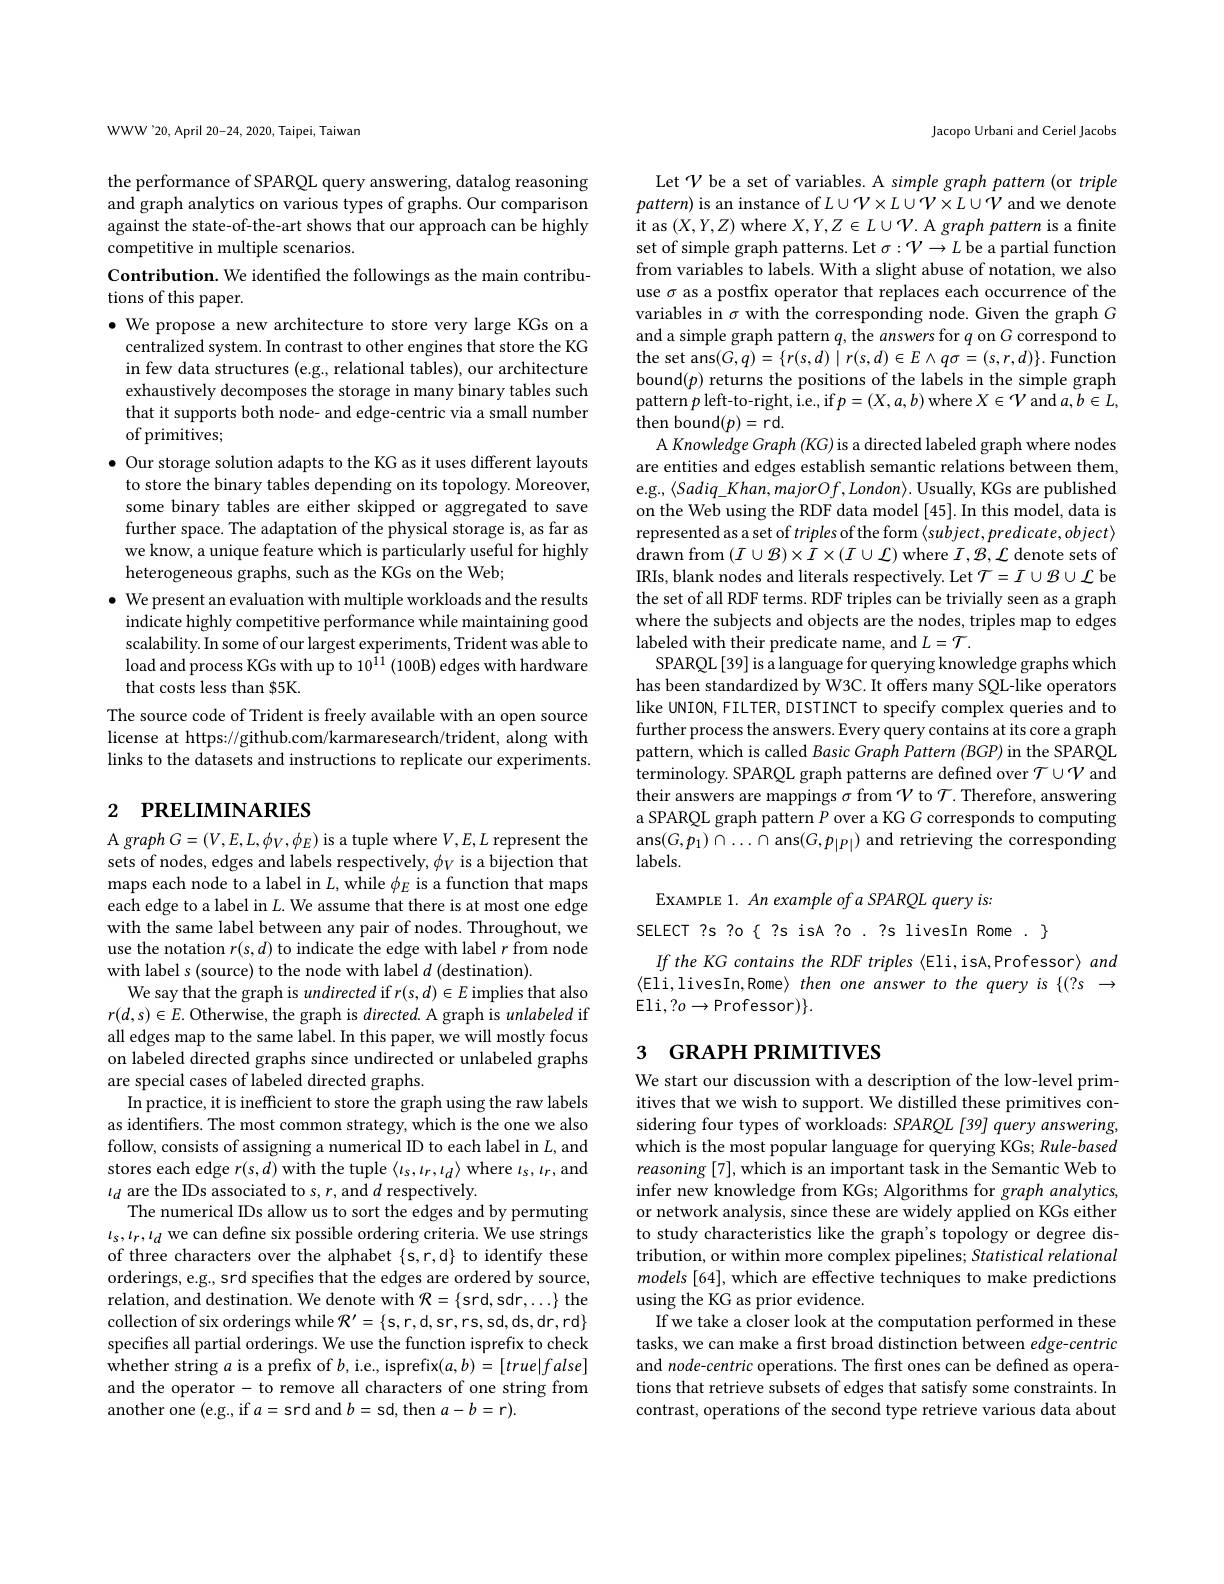
WWW'20, April 20-24, 2020, Taipei, Taiwan

the performance of SPARQL query answering, datalog reasoning and graph analytics on various types of graphs. Our comparison against the state-of-the-art shows that our approach can be highly competitive in multiple scenarios.

Contribution. We identified the followings as the main contribu-
tions of this paper.

$\bullet$ We propose a new architecture to store very large KGs on a
centralized system. In contrast to other engines that store the KG in few data structures (e.g., relational tables), our architecture exhaustively decomposes the storage in many binary tables such that it supports both node- and edge-centric via a small number of primitives;
$\bullet$ Our storage solution adapts to the KG as it uses different layouts
to store the binary tables depending on its topology. Moreover, some binary tables are either skipped or aggregated to save further space. The adaptation of the physical storage is, as far as we know, a unique feature which is particularly useful for highly heterogeneous graphs, such as the KGs on the Web;
$\bullet$ We present an evaluation with multiple workloads and the results
indicate highly competitive performance while maintaining good scalability. In some of our largest experiments, Trident was able to load and process KGs with up to 10$^{11}$ (100B) edges with hardware that costs less than $5K.
The source code of Trident is freely available with an open source license at https://github.com/karmaresearch/trident, along with links to the datasets and instructions to replicate our experiments.

# 2 РRELIMINARIES

A graph $G=(V,E,L,\phi_{V},\phi_{E})$ is a tuple where $V,E,L$ represent the sets of nodes, edges and labels respectively, $\phi_V$ is a bijection that maps each node to a label in $L$,while $\phi_E$ is a function that maps each edge to a label in $L.$ We assume that there is at most one edge with the same label between any pair of nodes. Throughout, we use the notation $r(s,d)$ to indicate the edge with label $r$ from node with label s (source) to the node with label $d$ (destination).
We say that the graph is undirected if $r(s,d)\in E$ implies that also $r(d,s)\in E.$ Otherwise, the graph is $directed.$ A graph is unlabeled if all edges map to the same label. In this paper, we will mostly focus on labeled directed graphs since undirected or unlabeled graphs are special cases of labeled directed graphs.
In practice, it is inefficient to store the graph using the raw labels as identiffers. The most common strategy, which is the one we also follow, consists of assigning a numerical ID to each label in $L$, and stores each edge $r(s,d)$ with the tuple $\langle\iota_s,\iota_r,\iota_d\rangle$ where $\iota_s,\iota_r$,and $\iota_{d}$ are the IDs associated to s, r, and $d$ respectively.
The numerical IDs allow us to sort the edges and by permuting $\iota_{s},\iota_{r},\iota_{d}$ we can define six possible ordering criteria. We use strings of three characters over the alphabet $\{$s, r, d$\}$ to identify these orderings, e.g., srd specifies that the edges are ordered by source, relation, and destination. We denote with $\mathcal{R}=\{$srd,sdr,...$\}$ the collection of six orderings while $\mathcal{R}^\prime=\{$s,r,d,sr,rs,sd,ds,dr,rd$\}$ specifies all partial orderings. We use the function isprefix to check whether string $a$ is a prefix of $b$, i.e., isprefix$(a,b)=[true|false]$ and the operator- to remove all characters of one string from another one (e.g., if $a=$srd and $b=$sd, then $a-b=$r).

Jacopo Urbani and Ceriel Jacobs

Let $\mathcal{V}$ be a set of variables. A simple graph pattern (or triple $pattern)$ is an instance of $L\cup\mathcal{V}\times L\cup\mathcal{V}\times L\cup\mathcal{V}$ and we denote it as $(X,Y,Z)$ where $X,Y,Z\in L\cup\mathcal{V}.$ A graph pattern is a finite set of simple graph patterns. Let $\sigma:\mathcal{V}\to L$ be a partial function from variables to labels. With a slight abuse of notation, we also use $\sigma$ as a postfix operator that replaces each occurrence of the variables in $\sigma$ with the corresponding node. Given the graph $G$ and a simple graph pattern $q$, the answers for $q$ on G correspond to the set ans$(G,q)=\{r(s,d)\mid r(s,d)\in E\land q\sigma=(s,r,d)\}.$Function bound$(p)$ returns the positions of the labels in the simple graph pattern $p$ left-to-right, i.e., if $p=(X,a,b)$ where $X\in\mathcal{V}$ and $a,b\in L$, then bound$(p)=$rd.
A Knowledge Graph (KG) is a directed labeled graph where nodes are entities and edges establish semantic relations between them, e.g., $\langle Sadiq\_Khan,majorOf,London\rangle.$ Usually, KGs are published on the Web using the RDF data model [45]. In this model, data is represented as a set of triples of the form $\langle subject,predicate,object\rangle$ $\operatorname{drawn}$ from $(I\cup\mathcal{B})\times I\times(I\cup\mathcal{L})$ where $I,\mathcal{B},\mathcal{L}$ denote sets of IRIs, blank nodes and literals respectively. Let $\mathcal{T}=I\cup\mathcal{B}\cup\mathcal{L}$ be the set of all RDF terms. RDF triples can be trivially seen as a graph where the subjects and objects are the nodes, triples map to edges labeled with their predicate name, and $L=\mathcal{T}.$
SPARQL[39] is a language for querying knowledge graphs which has been standardized by W3C. It offers many SQL-like operators like UNION, FIL TER, DISTINCT to specify complex queries and to further process the answers. Every query contains at its core a graph pattern, which is called Basic Graph Pattern (BGP) in the SPARQL terminology. SPARQL graph patterns are defined over $\mathcal{T}\cup\mathcal{V}$ and their answers are mappings $\sigma$ from $\mathcal{V}$ to $\mathcal{T}.$ Therefore, answering a SPARQL graph pattern $P$ over a KG G corresponds to computing ans$(G,p_1)\cap\ldots\cap$ ans$(G,p_{|P|})$ and retrieving the corresponding $labels.$
EXAMPLE 1. An example of a SPARQL query is:

SELECT ?s ?o{ ?s isA ?o . ?s livesIn Rome . }

If the KG contains the RDF triples (Eli,isA,Professor) and $\langle$Eli,livesIn,Rome〉then one answer to the query is $\{(?s\rightarrow$ $Eli,?o\to{\mathrm{Professor}})\}.$

## 3 GRAPH PRIMITIVES

We start our discussion with a description of the low-level primitives that we wish to support. We distilled these primitives considering four types of workloads: SPARQL[39] query answering, which is the most popular language for querying KGs; Rule-based reasoning [7], which is an important task in the Semantic Web to infer new knowledge from KGs; Algorithms for graph analytics, or network analysis, since these are widely applied on KGs either to study characteristics like the graph's topology or degree distribution, or within more complex pipelines; Statistical relational $models[64]$, which are effective techniques to make predictions using the KG as prior evidence.
If we take a closer look at the computation performed in these tasks, we can make a first broad distinction between edge-centric and node-centric operations. The first ones can be defined as operations that retrieve subsets of edges that satisfy some constraints. In contrast, operations of the second type retrieve various data about